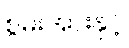
စွမ်းအားနှင့်